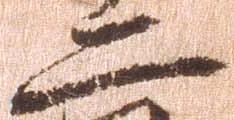
二